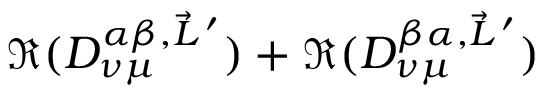
\Re ( D _ { \nu \mu } ^ { \alpha \beta , \vec { L } \, ^ { \prime } } ) + \Re ( D _ { \nu \mu } ^ { \beta \alpha , \vec { L } \, ^ { \prime } } )